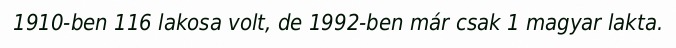
1910-ben 116 lakosa volt, de 1992-ben már csak 1 magyar lakta.